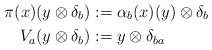
\begin{align*}\pi(x)(y \otimes \delta_{b})&:=\alpha_{b}(x)(y)\otimes \delta_{b} \\V_{a}(y \otimes \delta_{b})&:=y \otimes \delta_{ba}\end{align*}